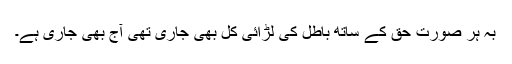
بہ ہر صورت حق کے ساتھ باطل کی لڑائی کل بھی جاری تھی آج بھی جاری ہے۔